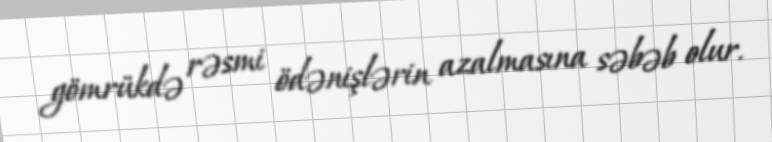
gömrükdə rəsmi ödənişlərin azalmasına səbəb olur.